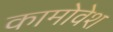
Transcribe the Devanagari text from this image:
कामोवेश